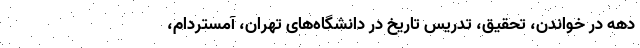
دهه در خواندن، تحقیق، تدریس تاریخ در دانشگاه‌های تهران، آمستردام،